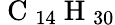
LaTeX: \mathrm{~C~}_{14}\mathrm{~H~}_{30}